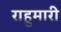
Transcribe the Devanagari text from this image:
राहुमारी